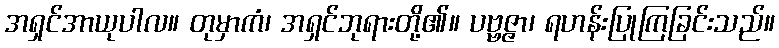
အရှင်အာယုပါလ။ တုမှာကံ၊ အရှင်ဘုရားတို့၏။ ပဗ္ဗဇ္ဇာ၊ ရဟန်းပြုကြခြင်းသည်။